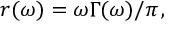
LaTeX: \: r ( \omega ) = \omega \Gamma ( \omega ) / \pi \, , \: